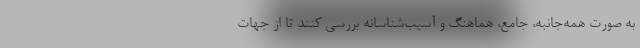
به صورت همه‌جانبه، جامع، هماهنگ و آسیب‌شناسانه بررسی کنند تا از جهات